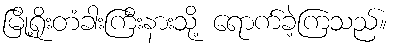
မြို့ရိုးတံခါးကြီးနားသို့ ရောက်ခဲ့ကြသည်။